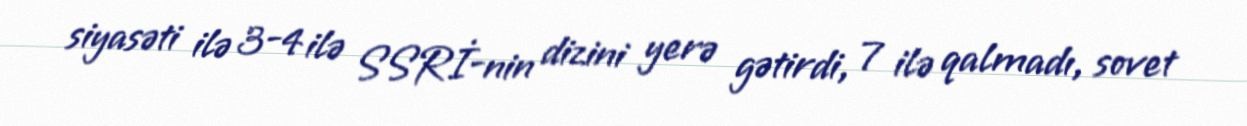
siyasəti ilə 3-4 ilə SSRİ-nin dizini yerə gətirdi, 7 ilə qalmadı, sovet